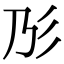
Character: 𢒁